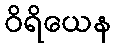
ဝိရိယေန